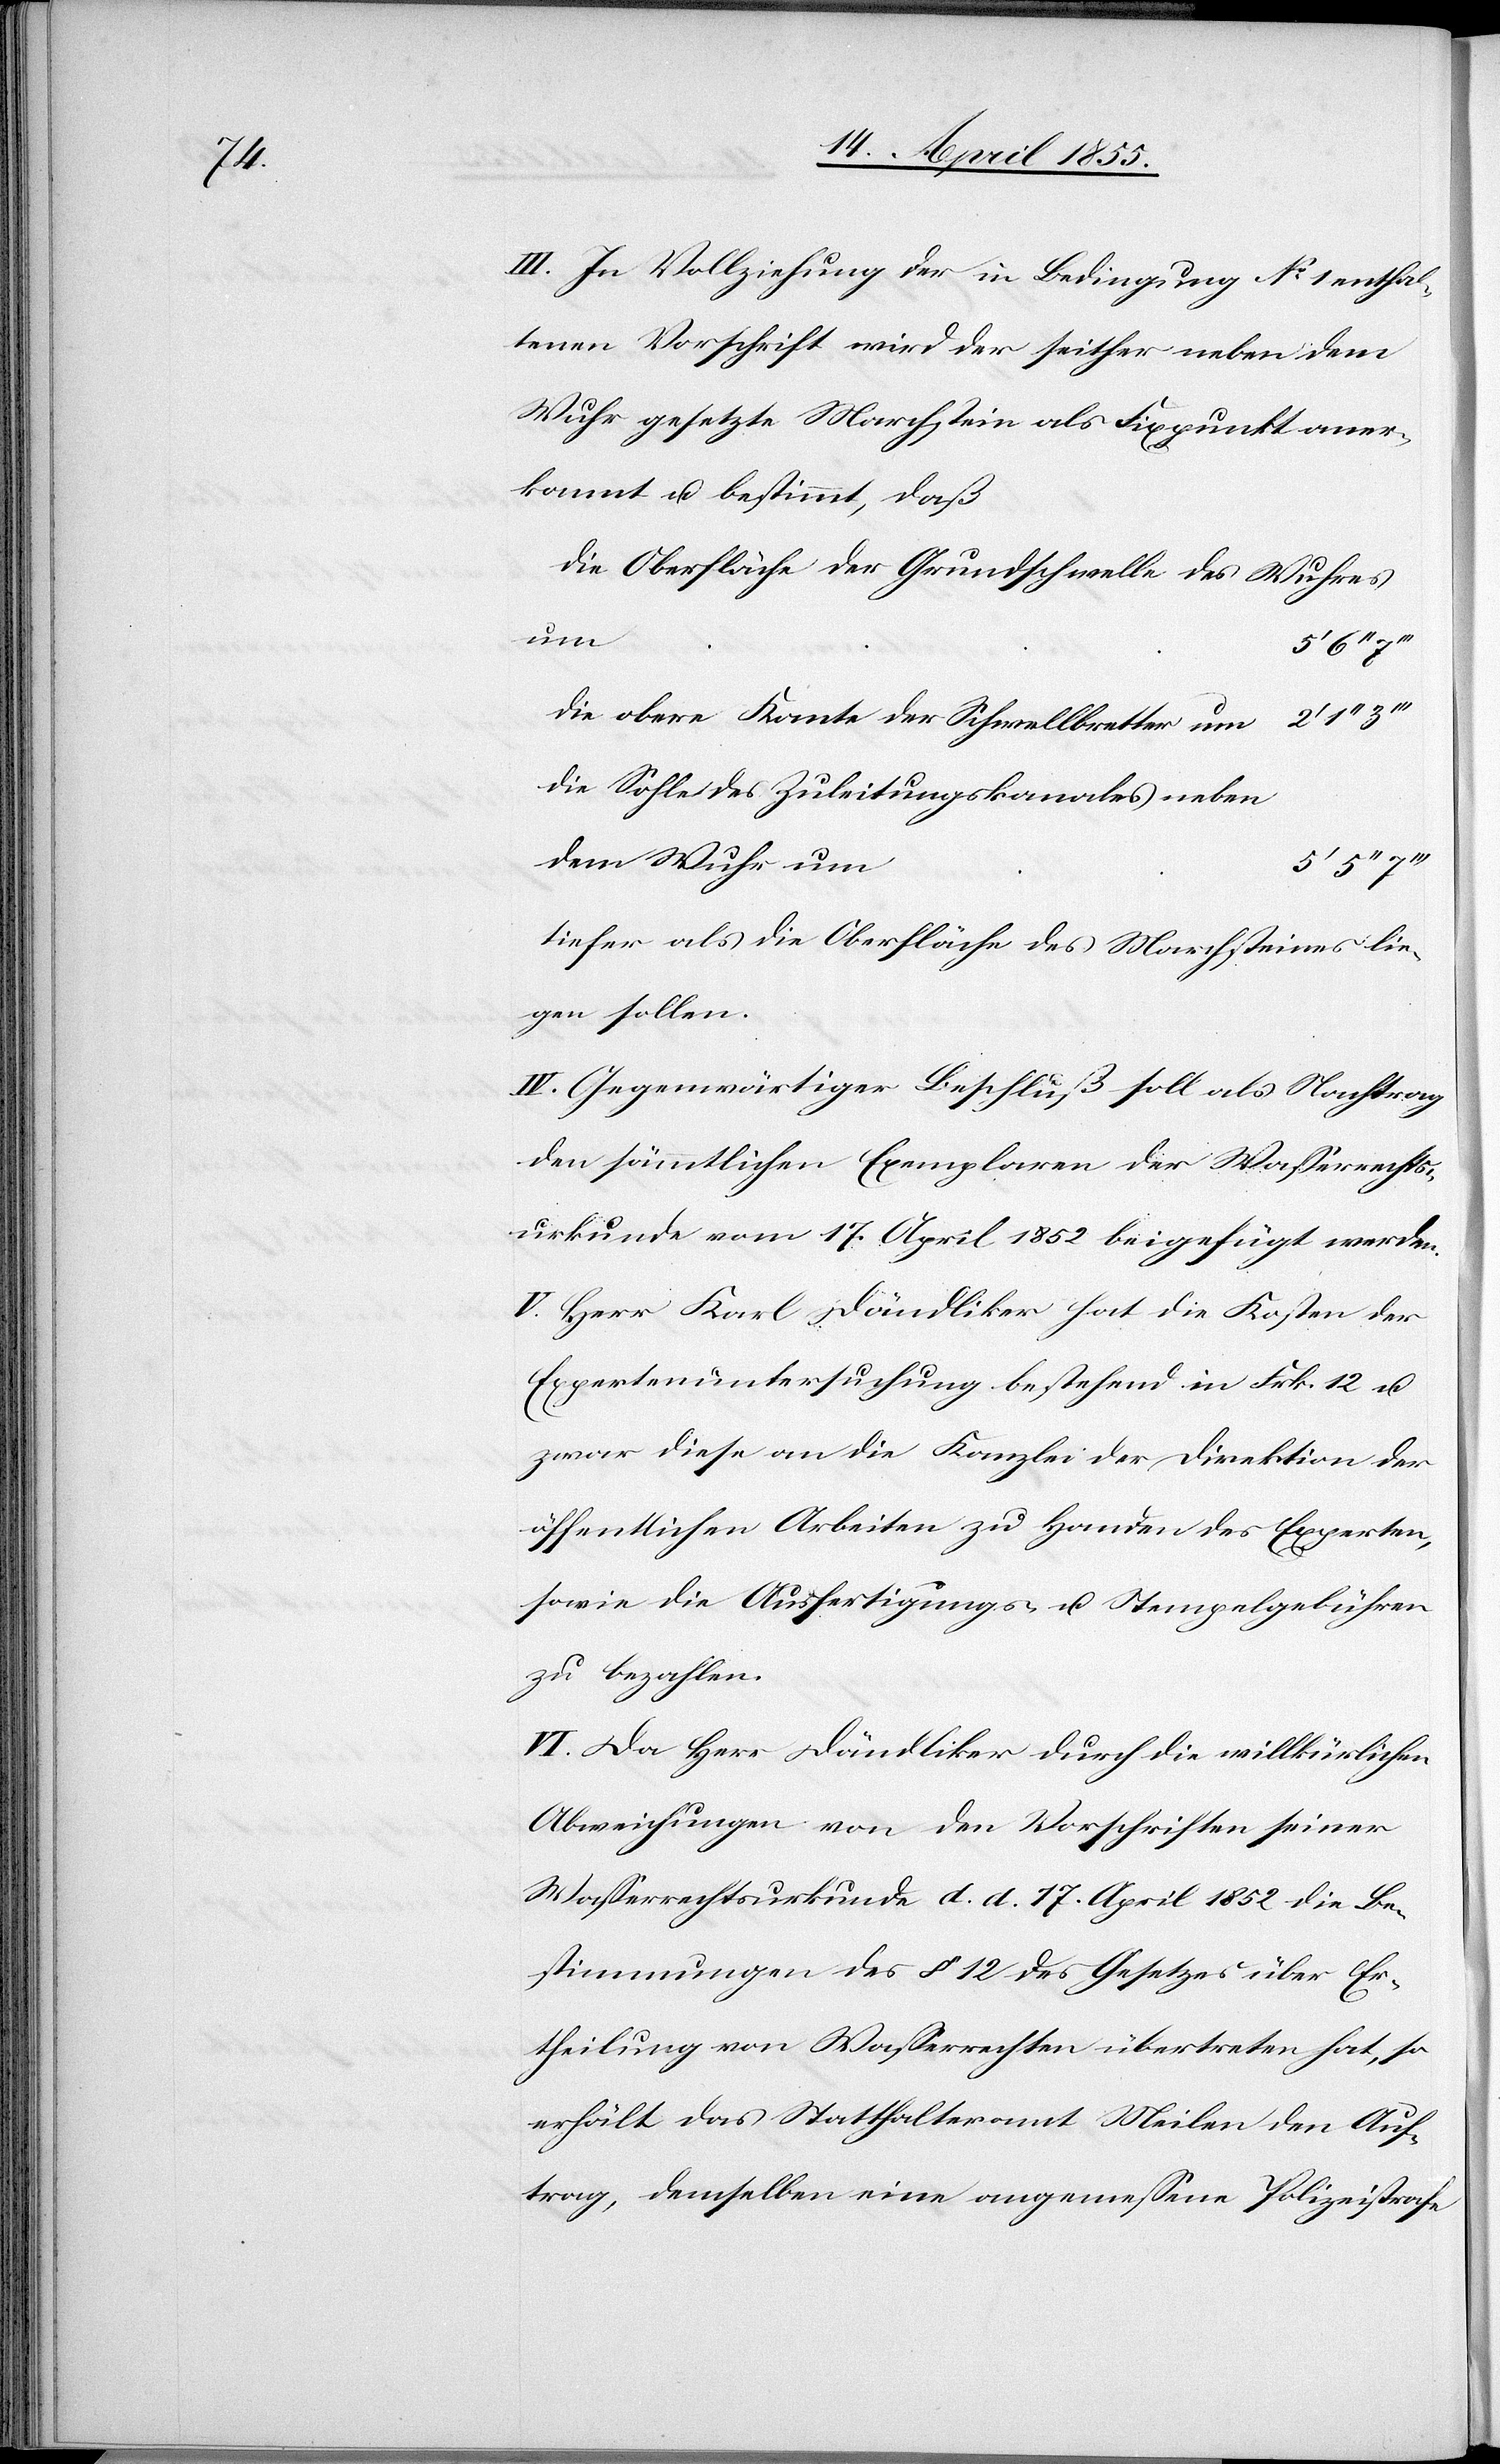
III. In Vollziehung der in Bedingung No 1 enthal¬
tenen Vorschrift wird der seither neben dem
Wuhr gesetzte Marchstein als Fixpunkt aner¬
kannt u. bestimmt, daß
die Oberfläche der Grundschwelle des Wuhres
um
5‘ 6‘‘
die obere Kante der Schwellbretter um
die Sohle des Zuleitungskanales neben
dem Wuhr um
tiefer als die Oberfläche des Marchsteines lie¬
gen sollen.
IV. Gegenwärtiger Beschluß soll als Nachtrag
den sämmtlichen Exemplaren der Wasserrechts¬
urkunde vom 17. April 1852 beigefügt werden.
V. Herr Karl Dändliker hat die Kosten der
Expertenuntersuchung bestehend in Frk. 12 u.
zwar diese an die Kanzlei der Direktion der
öffentlichen Arbeiten zu Handen des Experten,
sowie die Ausfertigungs- u. Stempelgebühren
zu bezahlen.
VI. Da Herr Dändliker durch die willkürlichen
Abweichungen von den Vorschriften seiner
Wasserrechtsurkunde d. d. 17. April 1852 die Be¬
stimmungen des § 12 des Gesetzes über Er¬
theilung von Wasserrechten übertreten hat, so
erhält das Statthalteramt Meilen den Auf¬
trag, demselben eine angemessene Polizeistrafe